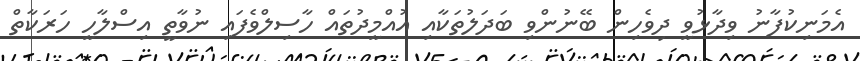
އެމަނިކުފާނު ވިދާޅުވީ ދިވެހިން ބޭނުންވި ބަދަލުތަކާއި އުއްމީދުތައް ހާސިލްވެފައި ނުވާތީ އިސްލާހީ ހަރަކާތް